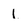
Character: 1